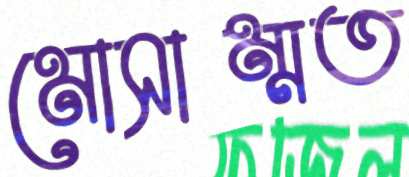
মোসাম্মত